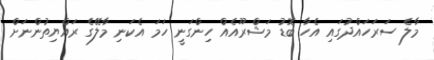
މާލެ ސަރަހައްދުގައި އެހާ ބޮޑު މަޝްރޫއެއް ހިންގަނީ ހަމަ އެކަނި މާލޭގެ ރައްޔިތުންނަށް